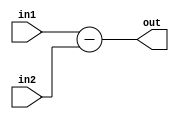

module subt(out,in1,in2);
input [15:0] in1,in2;
output reg [15:0] out;
always@(*)
  
out= in1-in2;

endmodule